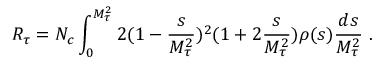
R _ { \tau } = N _ { c } \int _ { 0 } ^ { M _ { \tau } ^ { 2 } } 2 ( 1 - { \frac { s } { M _ { \tau } ^ { 2 } } } ) ^ { 2 } ( 1 + 2 { \frac { s } { M _ { \tau } ^ { 2 } } } ) \rho ( s ) { \frac { d s } { M _ { \tau } ^ { 2 } } } \ .